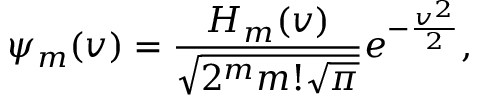
\psi _ { m } ( v ) = \frac { H _ { m } ( v ) } { \sqrt { 2 ^ { m } m ! \sqrt { \pi } } } e ^ { - \frac { v ^ { 2 } } { 2 } } ,